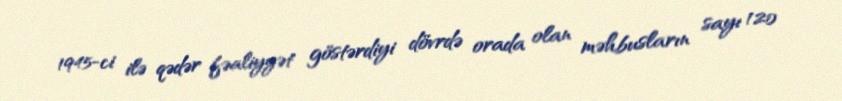
1945-ci ilə qədər fəaliyyət göstərdiyi dövrdə orada olan məhbusların sayı 120